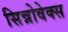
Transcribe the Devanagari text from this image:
सिन्नोवेक्स